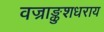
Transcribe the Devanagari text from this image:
वज्राङ्कुशधराय